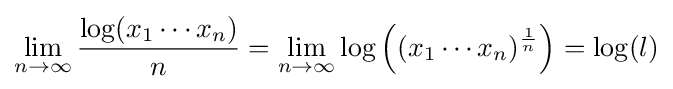
\lim _{n\to \infty }{\frac {\log(x_{1}\cdots x_{n})}{n}}=\lim _{n\to \infty }\log {\Big (}(x_{1}\cdots x_{n})^{\frac {1}{n}}{\Big )}=\log(l)